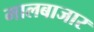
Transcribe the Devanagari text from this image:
मालबाजार